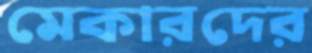
মেকারদের